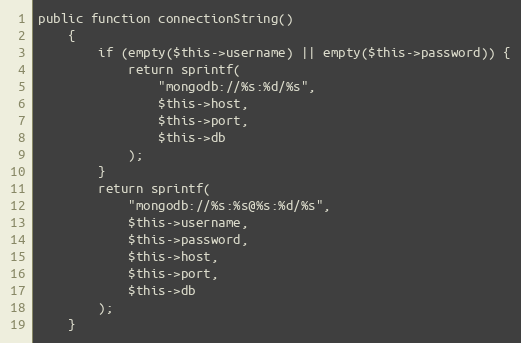
Language: PHP
public function connectionString()
    {
        if (empty($this->username) || empty($this->password)) {
            return sprintf(
                "mongodb://%s:%d/%s",
                $this->host,
                $this->port,
                $this->db
            );
        }
        return sprintf(
            "mongodb://%s:%s@%s:%d/%s",
            $this->username,
            $this->password,
            $this->host,
            $this->port,
            $this->db
        );
    }